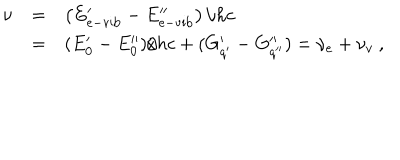
LaTeX: \begin{array} { r c l } { { \nu } } & { { = } } & { { \left( E _ { \mathrm { e - v i b } } ^ { \prime } - E _ { \mathrm { e - v i b } } ^ { \prime \prime } \right) / h c } } \\ { { } } & { { = } } & { { ( E _ { 0 } ^ { \prime } - E _ { 0 } ^ { \prime \prime } ) / h c + ( G _ { q ^ { \prime } } ^ { \prime } - G _ { q ^ { \prime \prime } } ^ { \prime \prime } ) = \nu _ { e } + \nu _ { v } ~ , } } \\ \end{array}